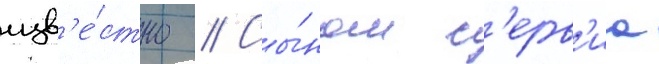
изв'е́стно // Сы́ном с'ерв'иа